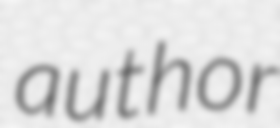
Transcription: author